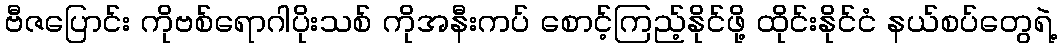
ဗီဇပြောင်း ကိုဗစ်ရောဂါပိုးသစ် ကိုအနီးကပ် စောင့်ကြည့်နိုင်ဖို့ ထိုင်းနိုင်ငံ နယ်စပ်တွေရဲ့